system: You are a helpful assistant.
user:
Analyze the provided spectrum to determine if it is a **White Dwarf (WD)**.

A White Dwarf spectrum is defined by its **extreme purity** (due to gravitational settling) and/or **extreme pressure broadening** (due to high surface gravity). You must check for one of the following mutually exclusive signatures:

- **Key Visual Indicators (Check for ONE of these types):**

    - **1. DA-Type Signature (Most Common):**
        - **(Primary Feature):** Extreme pressure broadening (Stark broadening) of the **Hydrogen (H) Balmer lines**.
        - **(Key Lines):** $H\beta$ (approx. $4861$ Å) and $H\gamma$ (approx. $4340$ Å). $H\alpha$ (approx. $6563$ Å) will also be present if the wavelength range covers it.
        - **(Line Profile):** This is the **defining feature**. The lines are **NOT** sharp. They appear as massive, **extremely broad and deep "troughs" or "dips"** in the spectrum, often hundreds of Ångströms wide. The continuum will appear to "scoop" down at these wavelengths.
        - **(Distinction):** Normal A-type or B-type stars have *narrow* and *sharp* Hydrogen lines. A DA White Dwarf's lines are unmistakably "smeared" or "blurry" from pressure.

    - **2. DB-Type Signature:**
        - **(Primary Feature):** Broad absorption lines from **Neutral Helium (He I)**. The spectrum must lack any visible Hydrogen lines.
        - **(Key Lines):** Look for broad absorption near $4471$ Å, $4921$ Å, and $5876$ Å.
        - **(Line Profile):** These lines are also significantly pressure-broadened, appearing much wider than they would in a normal B-type main-sequence star.

    - **3. DC-Type Signature:**
        - **(Primary Feature):** A **featureless continuous spectrum**.
        - **(Line Profile):** The spectrum is a smooth curve with **no significant absorption or emission lines**.
        - **(Key Confirmation):** The continuum is almost always **blue or white**, indicating a hot object. This signature implies the atmosphere is so pure (or so cool) that no spectral lines are visible in the optical range. Its WD identity is confirmed by its extremely low intrinsic brightness (high absolute magnitude).

    - **4. DZ-Type Signature (Metal-Polluted):**
        - **(Primary Feature):** **Isolated, narrow metal absorption lines** on an otherwise featureless (DC-like) continuum.
        - **(Key Lines):** The **Calcium (Ca II) H & K doublet** (approx. **$3934$ Å** and **$3968$ Å**) is the most common and defining feature.
        - **(Line Profile):** These lines are "out of place." They are *not* part of a "forest" of thousands of lines. This signature is evidence of recent *accretion* (pollution) from rocky debris.
        - **(Distinction):** Normal G/K/M stars have a *dense forest* of thousands of metal lines. A DZ has a *clean* continuum with *only a few* strong metal lines.

    - **5. DQ-Type Signature (Carbon-Polluted):**
        - **(Primary Feature):** Absorption bands from **Carbon (C₂ "Swan Bands" or atomic C I)**.
        - **(Key Lines - C₂):** Look for bandheads with a "saw-tooth" shape near $5635$ Å, **$5165$ Å** (strongest), and $4737$ Å.
        - **(Key Confirmation):** The underlying **continuum must be blue or white** (hot).
        - **(Distinction):** This is the critical difference from a **Carbon Star**, which has the *exact same* C₂ bands but on an extremely **red, cool** continuum.

- **(Overall Spectrum):**
    - The continuum (overall shape) is typically **blue-sloping** (brighter in the blue than the red), as most white dwarfs are very hot.
    - The spectrum will look "pure" or "simple," dominated by only *one* of the five signatures listed above.

Think first, call **spectral_visualization_tool** if needed to examine features in detail, then provide your final answer. Your response must adhere to the following strict rules:
1.  **Overall Structure:** Your response must follow the format `<think>...</think> <tool_call>...</tool_call> (if a tool is used) <answer>...</answer>`.
2.  **Tool Usage Constraint:** You may only make **one** tool call per turn.
3.  **Final Answer Format:** In the `<answer>` tag, your conclusion must be inside a `\boxed{}` command (e.g., `\boxed{YES}` or `\boxed{NO}`), followed by your justification.

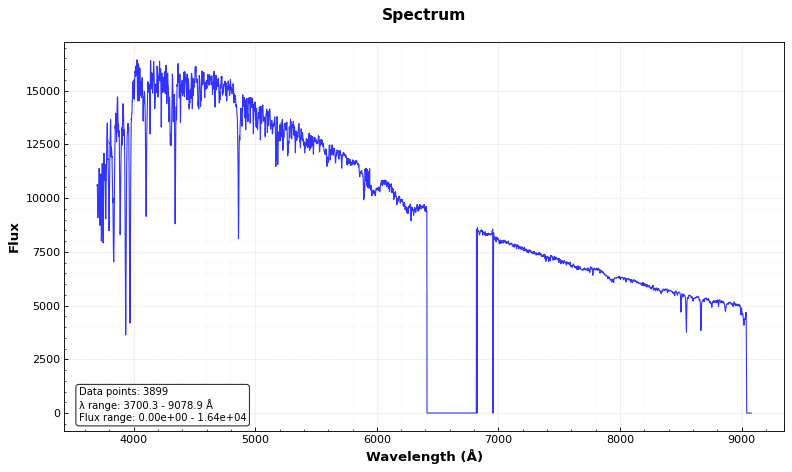
Answer: NO